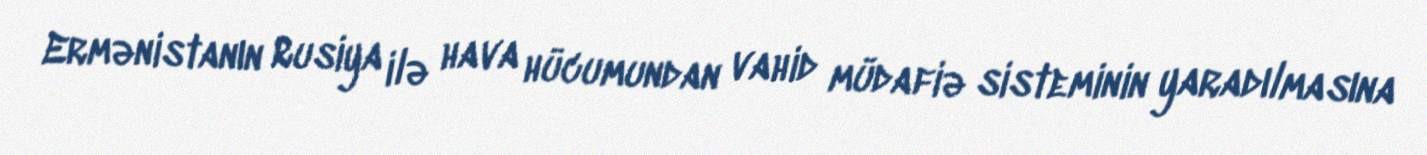
Ermənistanın Rusiya ilə hava hücumundan vahid müdafiə sisteminin yaradılmasına